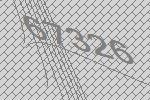
67326